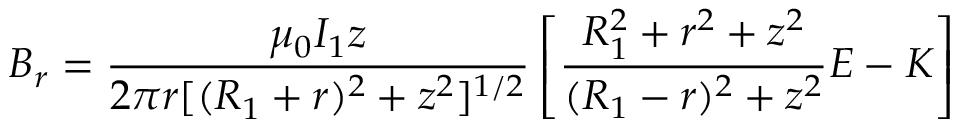
B _ { r } = \frac { \mu _ { 0 } I _ { 1 } z } { 2 \pi r [ ( R _ { 1 } + r ) ^ { 2 } + z ^ { 2 } ] ^ { 1 / 2 } } \left[ \frac { R _ { 1 } ^ { 2 } + r ^ { 2 } + z ^ { 2 } } { ( R _ { 1 } - r ) ^ { 2 } + z ^ { 2 } } E - K \right]